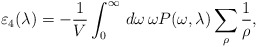
\begin{align*}\varepsilon_{4}(\lambda)=-\frac{1}{V}\int_{0}^{\infty}\,d\omega\,\omega P(\omega,\lambda)\sum_{\rho}\frac{1}{\rho},\end{align*}